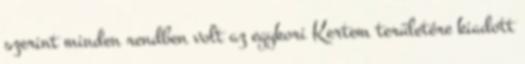
szerint minden rendben volt az egykori Kertem területére kiadott